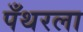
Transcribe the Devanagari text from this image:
पँथरला